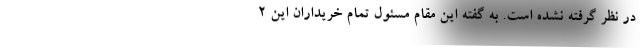
در نظر گرفته نشده است. به گفته این مقام مسئول تمام خریداران این ۲